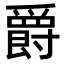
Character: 爵